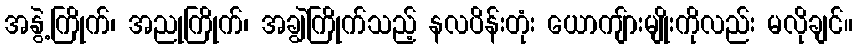
အနွဲ့ကြိုက်၊ အညုကြိုက်၊ အချွဲကြိုက်သည့် နလပိန်းတုံး ယောကျ်ားမျိုးကိုလည်း မလိုချင်။